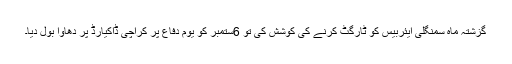
گزشتہ ماہ سمنگلی ایئربیس کو ٹارگٹ کرنے کی کوشش کی تو 6ستمبر کو یوم دفاع پر کراچی ڈاکیارڈ پر دھاوا بول دیا۔